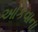
ઓકવાના